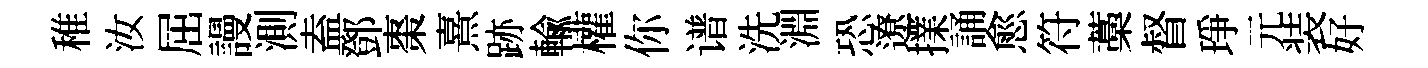
稚汝屈謾測盍鄧棗熹跡輸權你谱洗淵恐遼擈誦愈符藁督琤元装好